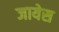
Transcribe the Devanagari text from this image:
जायेस